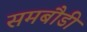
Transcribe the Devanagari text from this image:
समबौडी